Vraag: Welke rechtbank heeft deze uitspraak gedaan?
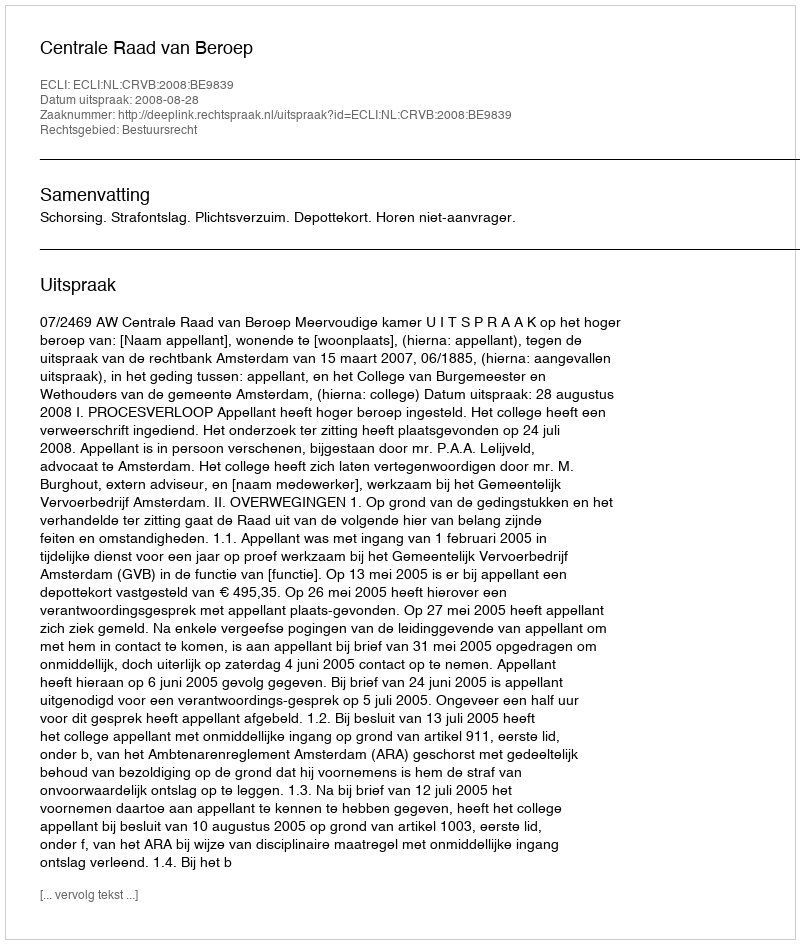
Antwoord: Centrale Raad van Beroep